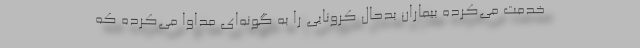
خدمت می‌کرده بیماران بدحال کرونایی را به گونه‌ای مداوا می‌کرده که